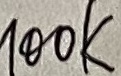
Text: 100K